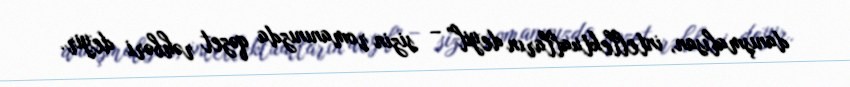
danışmalısan, intellektualların deyil” – sizin romanınızda qəzet rəhbəri deyir.